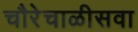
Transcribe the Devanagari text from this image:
चौरेचाळीसवा